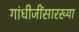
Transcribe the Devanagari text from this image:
गांधीजींसारख्या